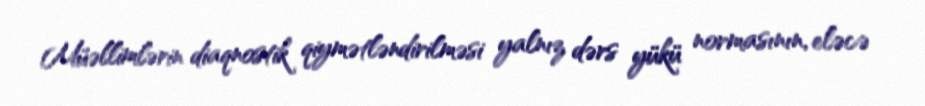
Müəllimlərin diaqnostik qiymətləndirilməsi yalnız dərs yükü normasının, eləcə